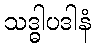
သဒ္ဓါပဒါနံ